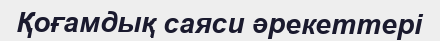
Қоғамдық саяси әрекеттері